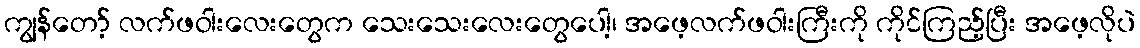
ကျွန်တော့် လက်ဖဝါးလေးတွေက သေးသေးလေးတွေပေါ့၊ အဖေ့လက်ဖဝါးကြီးကို ကိုင်ကြည့်ပြီး အဖေ့လိုပဲ